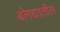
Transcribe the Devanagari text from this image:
बोगद्यातील